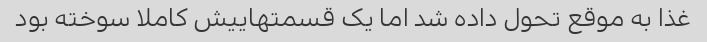
غذا به موقع تحول داده شد اما یک قسمتهاییش کاملا سوخته بود